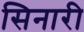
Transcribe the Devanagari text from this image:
सिनारी